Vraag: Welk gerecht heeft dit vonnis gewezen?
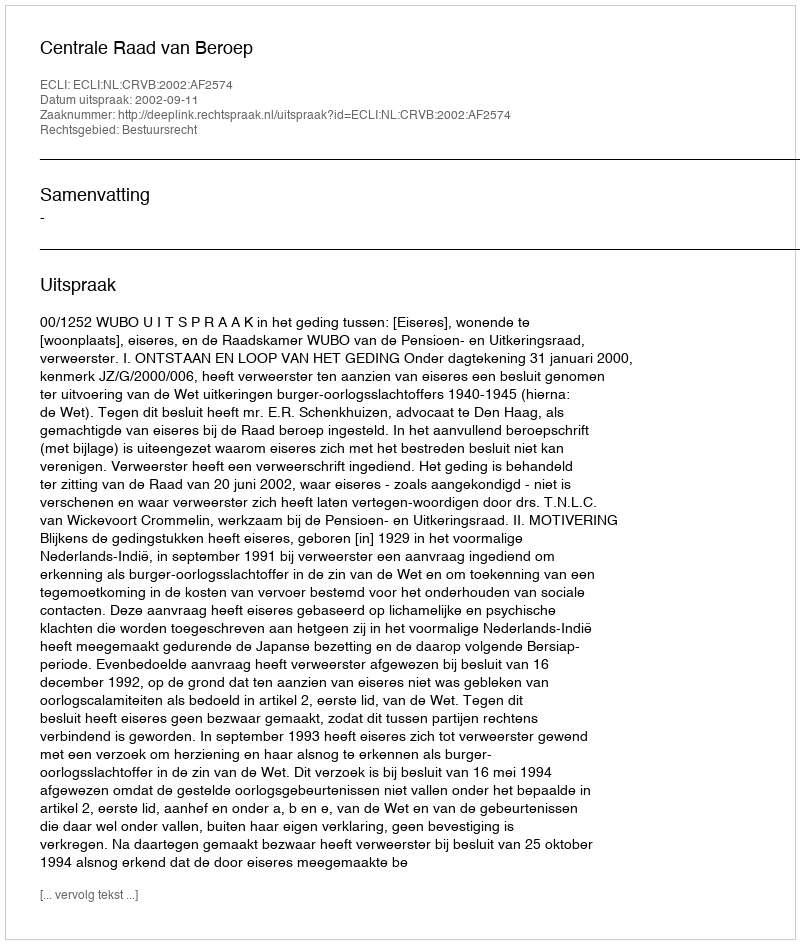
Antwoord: Centrale Raad van Beroep